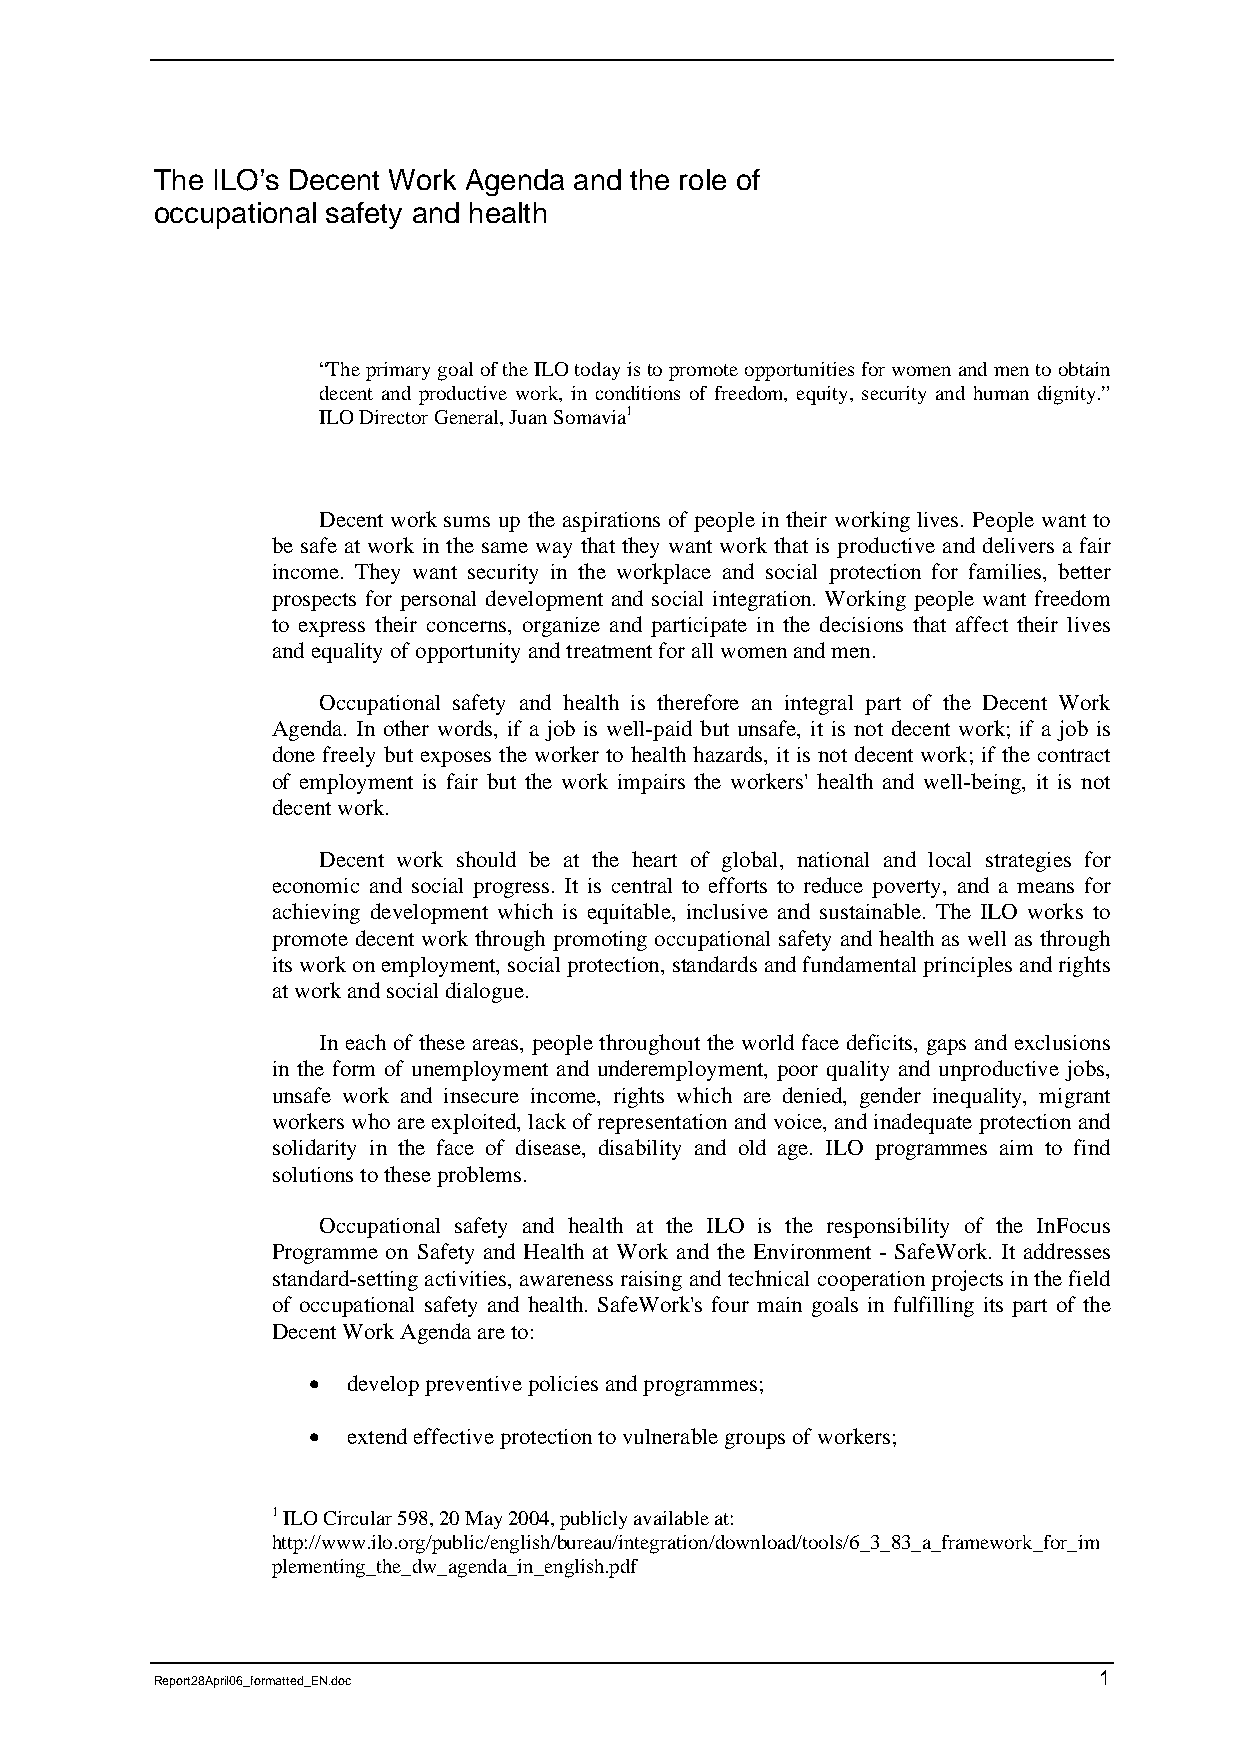
The ILO’s Decent Work Agenda and the role of
 occupational safety and health
 “The primary goal of the ILO today is to promote opportunities for women and men to obtain
 decent and productive work, in conditions of freedom, equity, security and human dignity.”
 ILO Director General, Juan Somavia1
 Decent work sums up the aspirations of people in their working lives. People want to
 be safe at work in the same way that they want work that is productive and delivers a fair
 income. They want security in the workplace and social protection for families, better
 prospects for personal development and social integration. Working people want freedom
 to express their concerns, organize and participate in the decisions that affect their lives
 and equality of opportunity and treatment for all women and men.
 Occupational safety and health is therefore an integral part of the Decent Work
 Agenda. In other words, if a job is well-paid but unsafe, it is not decent work; if a job is
 done freely but exposes the worker to health hazards, it is not decent work; if the contract
 of employment is fair but the work impairs the workers' health and well-being, it is not
 decent work.
 Decent work should be at the heart of global, national and local strategies for
 economic and social progress. It is central to efforts to reduce poverty, and a means for
 achieving development which is equitable, inclusive and sustainable. The ILO works to
 promote decent work through promoting occupational safety and health as well as through
 its work on employment, social protection, standards and fundamental principles and rights
 at work and social dialogue.
 In each of these areas, people throughout the world face deficits, gaps and exclusions
 in the form of unemployment and underemployment, poor quality and unproductive jobs,
 unsafe work and insecure income, rights which are denied, gender inequality, migrant
 workers who are exploited, lack of representation and voice, and inadequate protection and
 solidarity in the face of disease, disability and old age. ILO programmes aim to find
 solutions to these problems.
 Occupational safety and health at the ILO is the responsibility of the InFocus
 Programme on Safety and Health at Work and the Environment - SafeWork. It addresses
 standard-setting activities, awareness raising and technical cooperation projects in the field
 of occupational safety and health. SafeWork's four main goals in fulfilling its part of the
 Decent Work Agenda are to:
 •  develop preventive policies and programmes;
 •  extend effective protection to vulnerable groups of workers;
 1 ILO Circular 598, 20 May 2004, publicly available at:
 http://www.ilo.org/public/english/bureau/integration/download/tools/6_3_83_a_framework_for_im
 plementing_the_dw_agenda_in_english.pdf
 1
 Report28April06_formatted_EN.doc